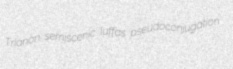
Trianon semiscenic luffas pseudoconjugation